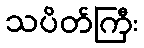
သပိတ်ကြီး